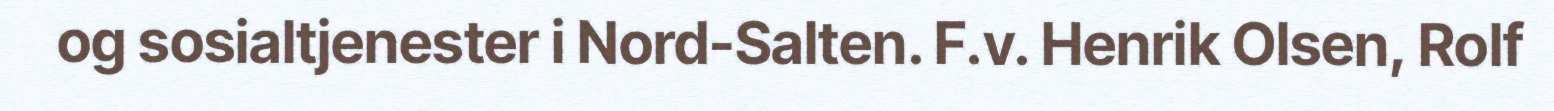
og sosialtjenester i Nord-Salten. F.v. Henrik Olsen, Rolf